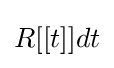
{\textstyle R[[t]]dt}